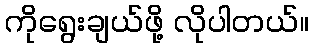
ကိုရွေးချယ်ဖို့ လိုပါတယ်။